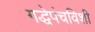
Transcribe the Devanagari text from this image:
गद्धेपंचविशी